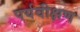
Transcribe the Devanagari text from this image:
पर्यवीक्षण